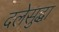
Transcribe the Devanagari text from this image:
दलेसुद्धा